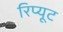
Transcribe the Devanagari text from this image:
रिप्यूट